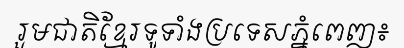
រួមជាតិខ្មែរទូទាំងប្រទេសភ្នំពេញ៖